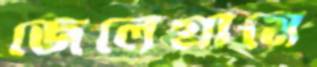
জেলেগ্রামে